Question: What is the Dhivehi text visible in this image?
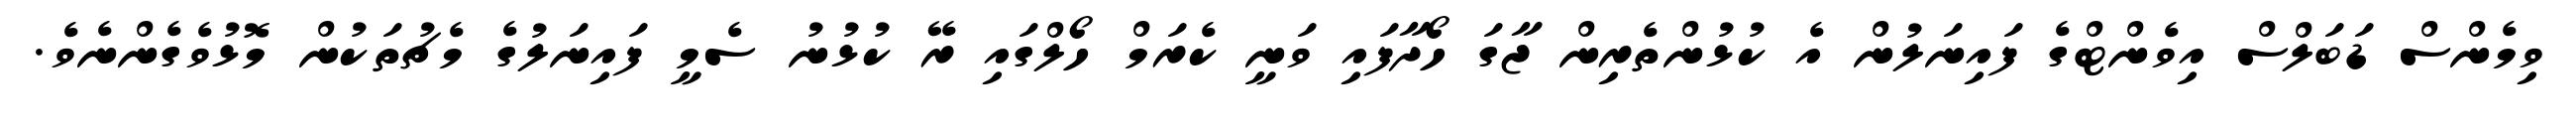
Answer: ވިމެންސް ޑަބަލްސް އިވެންޓްގެ ފައިނަލުން އެ ކުޅުންތެރިން ޖާގަ ހޯދާފައި ވަނީ ކެރަމް ހޯލްގައި ރޭ ކުޅުނު ސެމީ ފައިނަލުގެ މެޗުތަކުން މޮޅުވެގެންނެވެ.